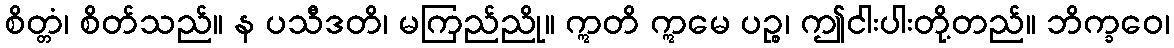
စိတ္တံ၊ စိတ်သည်။ န ပသီဒတိ၊ မကြည်ညို။ ဣတိ ဣမေ ပဉ္စ၊ ဤငါးပါးတို့တည်။ ဘိက္ခဝေ၊